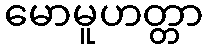
မောမူဟတ္တာ